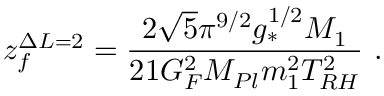
z _ { f } ^ { \Delta L = 2 } = \frac { 2 \sqrt { 5 } \pi ^ { 9 / 2 } g _ { * } ^ { 1 / 2 } M _ { 1 } } { 2 1 G _ { F } ^ { 2 } M _ { P l } m _ { 1 } ^ { 2 } T _ { R H } ^ { 2 } } \ .